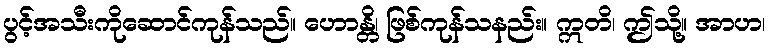
ပွင့်အသီးကိုဆောင်ကုန်သည်။ ဟောန္တိ၊ ဖြစ်ကုန်သနည်း။ ဣတိ၊ ဤသို့။ အာဟ၊